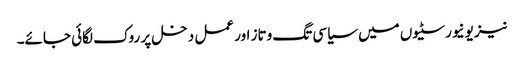
نیز یونیورسٹیوں میں سیاسی تگ وتاز اور عمل دخل پر روک لگائی جائے۔